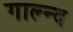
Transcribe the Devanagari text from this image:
गाल्न्द